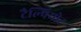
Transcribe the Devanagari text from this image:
टैल्पियोट